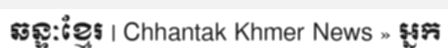
ឆន្ទៈខ្មែរ | Chhantak Khmer News » អ្នក